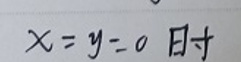
$x = y = 0  $时